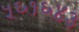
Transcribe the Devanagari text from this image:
५६१६४३